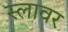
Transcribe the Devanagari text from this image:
स्लावर